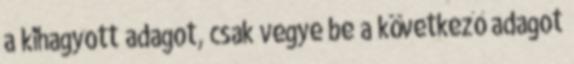
a kihagyott adagot, csak vegye be a következő adagot